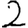
Digit: 2